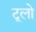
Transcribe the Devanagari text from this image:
टूलो